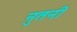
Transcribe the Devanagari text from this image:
नुतनी